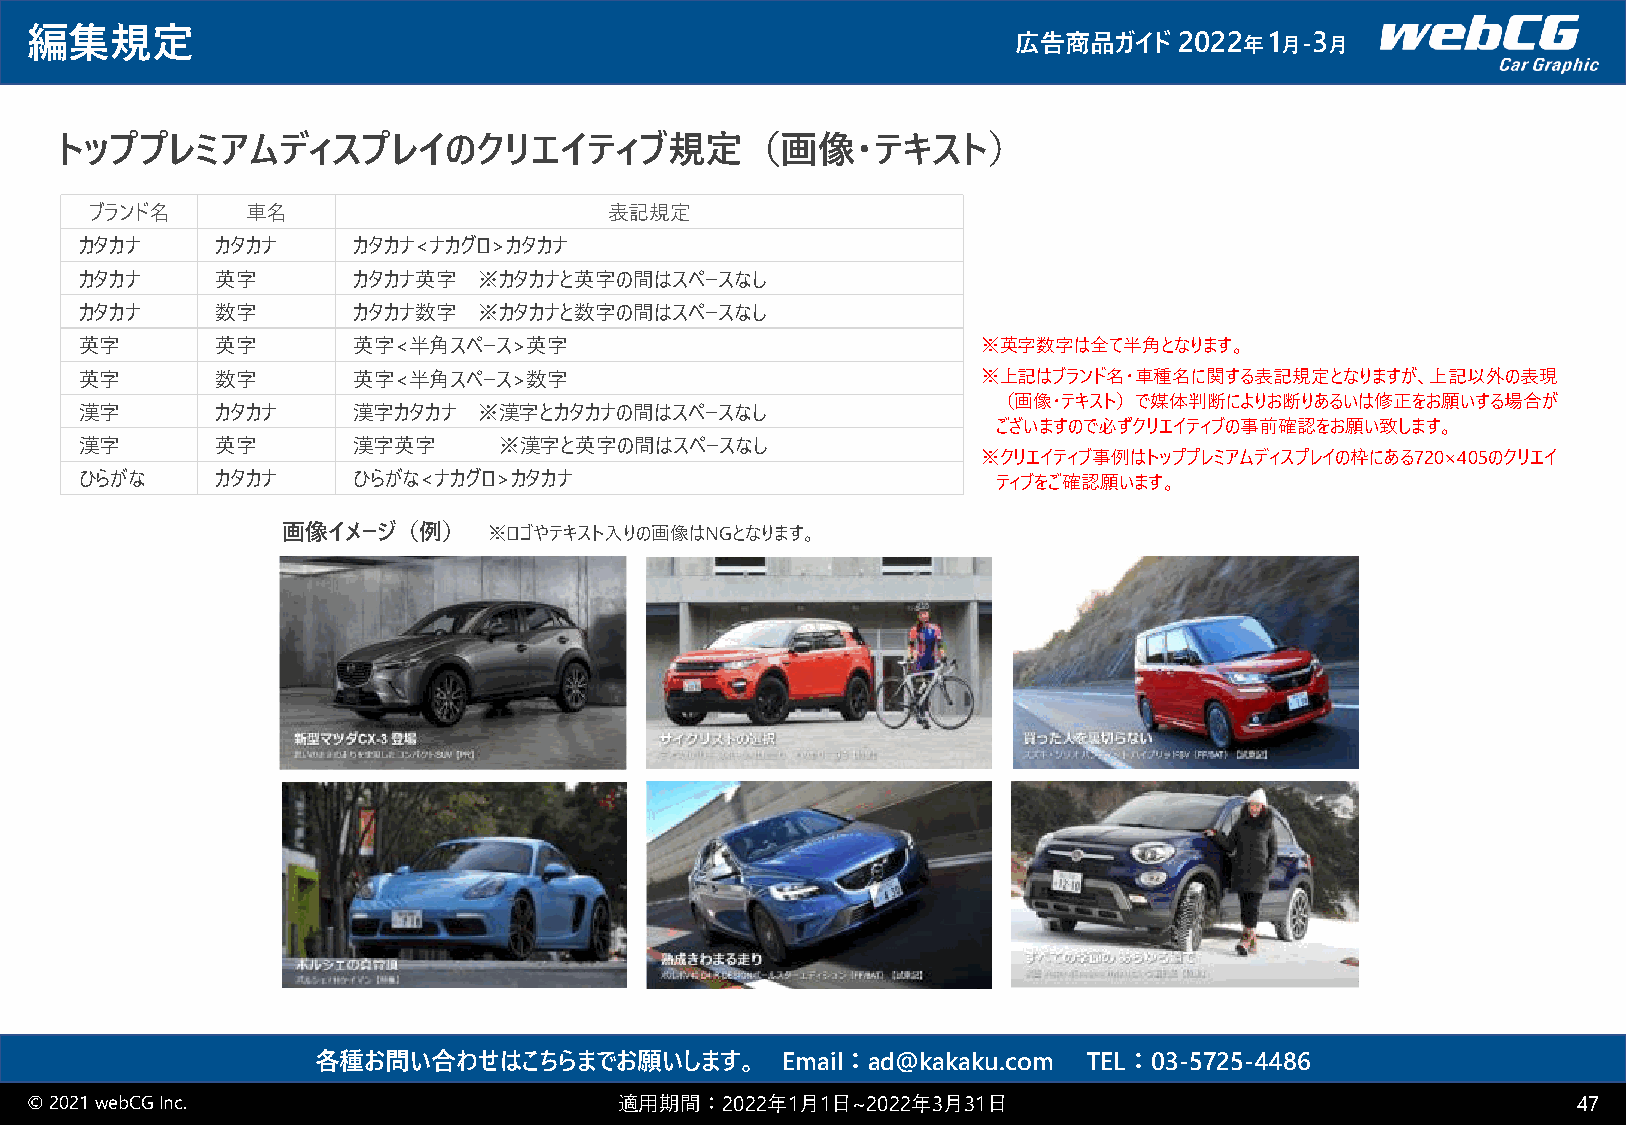
編集規定                                                             広告商品ガイド    2022 年1 月-3 月
 トッププレミアムディスプレイのクリエイティブ規定（画像・テキスト）
 ブランド名     車名                      表記規定
 カタカナ     カタカナ     カタカナ<ナカグロ>カタカナ
 カタカナ     英字       カタカナ英字   ※カタカナと英字の間はスペースなし
 カタカナ     数字       カタカナ数字   ※カタカナと数字の間はスペースなし
 英字       英字       英字<半角スペース>英字                              ※英字数字は全て半角となります。
 英字       数字       英字<半角スペース>数字                              ※上記はブランド名・車種名に関する表記規定となりますが、上記以外の表現
 （画像・テキスト）で媒体判断によりお断りあるいは修正をお願いする場合が
 漢字       カタカナ     漢字カタカナ   ※漢字とカタカナの間はスペースなし
 ございますので必ずクリエイティブの事前確認をお願い致します。
 漢字       英字       漢字英字      ※漢字と英字の間はスペースなし
 ※クリエイティブ事例はトッププレミアムディスプレイの枠にある720×405のクリエイ
 ひらがな     カタカナ     ひらがな<ナカグロ>カタカナ                             ティブをご確認願います。
 画像イメージ（例）    ※ロゴやテキスト入りの画像はNGとなります。
 各種お問い合わせはこちらまでお願いします。          Email：ad@kakaku.com TEL：03-5725-4486
 © 2021 webCGInc.                       適用期間：2022年1月1日~2022年3月31日                                      47